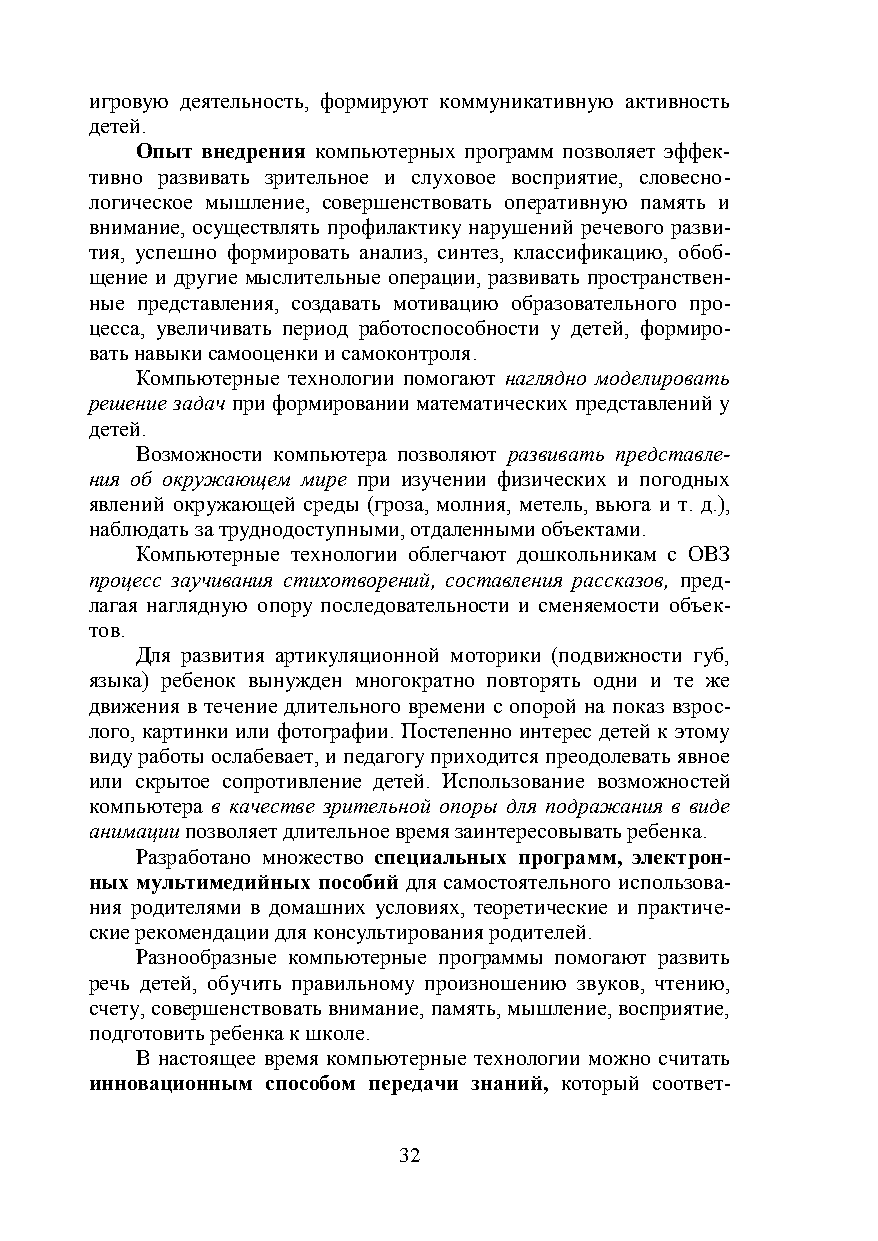
игровую деятельность, формируют коммуникативную активность
 детей.
 Опыт внедрения компьютерных программ позволяет эффек-
 тивно развивать зрительное и слуховое восприятие, словесно-
 логическое мышление, совершенствовать оперативную память и
 внимание, осуществлять профилактику нарушений речевого разви-
 тия, успешно формировать анализ, синтез, классификацию, обоб-
 щение и другие мыслительные операции, развивать пространствен-
 ные представления, создавать мотивацию образовательного про-
 цесса, увеличивать период работоспособности у детей, формиро-
 вать навыки самооценки и самоконтроля.
 Компьютерные технологии помогают наглядно моделировать
 решение задач при формировании математических представлений у
 детей.
 Возможности компьютера позволяют развивать представле-
 ния об окружающем мире при изучении физических и погодных
 явлений окружающей среды (гроза, молния, метель, вьюга и т. д.),
 наблюдать за труднодоступными, отдаленными объектами.
 Компьютерные технологии облегчают дошкольникам с ОВЗ
 процесс заучивания стихотворений, составления рассказов, пред-
 лагая наглядную опору последовательности и сменяемости объек-
 тов.
 Для развития артикуляционной моторики (подвижности губ,
 языка) ребенок вынужден многократно повторять одни и те же
 движения в течение длительного времени с опорой на показ взрос-
 лого, картинки или фотографии. Постепенно интерес детей к этому
 виду работы ослабевает, и педагогу приходится преодолевать явное
 или скрытое сопротивление детей. Использование возможностей
 компьютера в качестве зрительной опоры для подражания в виде
 анимации позволяет длительное время заинтересовывать ребенка.
 Разработано множество специальных программ, электрон-
 ных мультимедийных пособий для самостоятельного использова-
 ния родителями в домашних условиях, теоретические и практиче-
 ские рекомендации для консультирования родителей.
 Разнообразные компьютерные программы помогают развить
 речь детей, обучить правильному произношению звуков, чтению,
 счету, совершенствовать внимание, память, мышление, восприятие,
 подготовить ребенка к школе.
 В настоящее время компьютерные технологии можно считать
 инновационным способом передачи знаний, который соответ-
 32